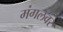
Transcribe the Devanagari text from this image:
मंगलवर